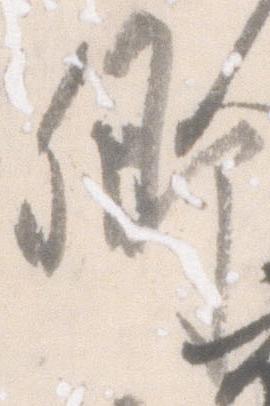
卿